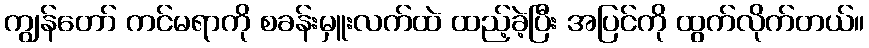
ကျွန်တော် ကင်မရာကို စခန်းမှူးလက်ထဲ ထည့်ခဲ့ပြီး အပြင်ကို ထွက်လိုက်တယ်။